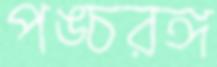
পঙ্চরঙ্গ